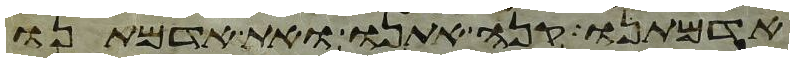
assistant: אדמתנו קנה אתנו ואת אדמתנו